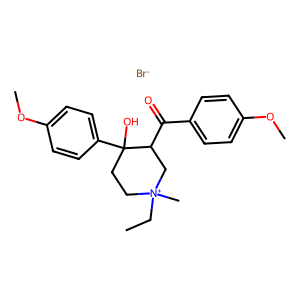
SMILES: CC[N+]1(C)CCC(O)(c2ccc(OC)cc2)C(C(=O)c2ccc(OC)cc2)C1.[Br-]
Inhibits HIV replication: No